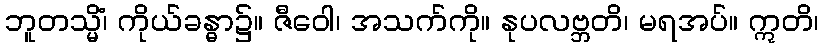
ဘူတသ္မိံ၊ ကိုယ်ခန္ဓာ၌။ ဇီဝေါ၊ အသက်ကို။ နုပလဗ္ဘတိ၊ မရအပ်။ ဣတိ၊